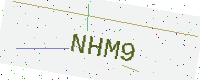
Text: NHM9